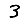
Digit: 3